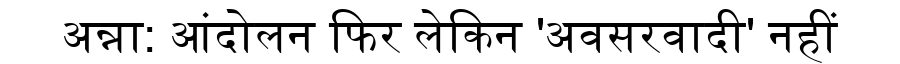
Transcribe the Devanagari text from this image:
अन्ना: आंदोलन फिर लेकिन 'अवसरवादी' नहीं